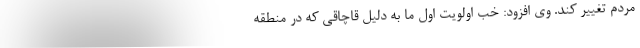
مردم تغییر کند. وی افزود: خب اولویت اول ما به دلیل قاچاقی که در منطقه